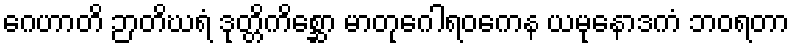
ဂေဟာတိ ဉာတိဃရံ ဒုတ္တိကိစ္ဆော မာတုဂေါရဝကေန ယမုနောဒကံ ဘဝရတာ